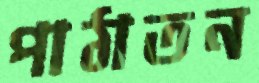
পাঠাতন